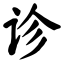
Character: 诊